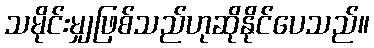
သမိုင်းမျှဖြစ်သည်ဟုဆိုနိုင်ပေသည်။